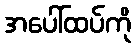
အပေါ်ထပ်ကို